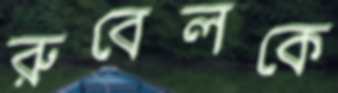
রুবেলকে